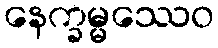
နေက္ခမ္မဿေဝ